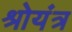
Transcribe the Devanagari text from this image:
श्रोयंत्र